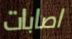
اصابات